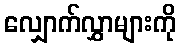
လျှောက်လွှာများကို